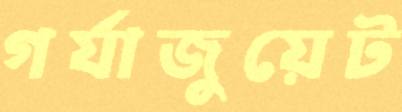
গর্যাজুয়েট